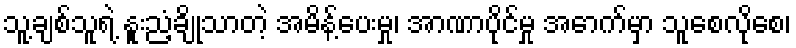
သူ့ချစ်သူရဲ့ နူးညံ့ချိုသာတဲ့ အမိန့်ပေးမှု၊ အာဏာပိုင်မှု အောက်မှာ သူစေလိုစေ၊